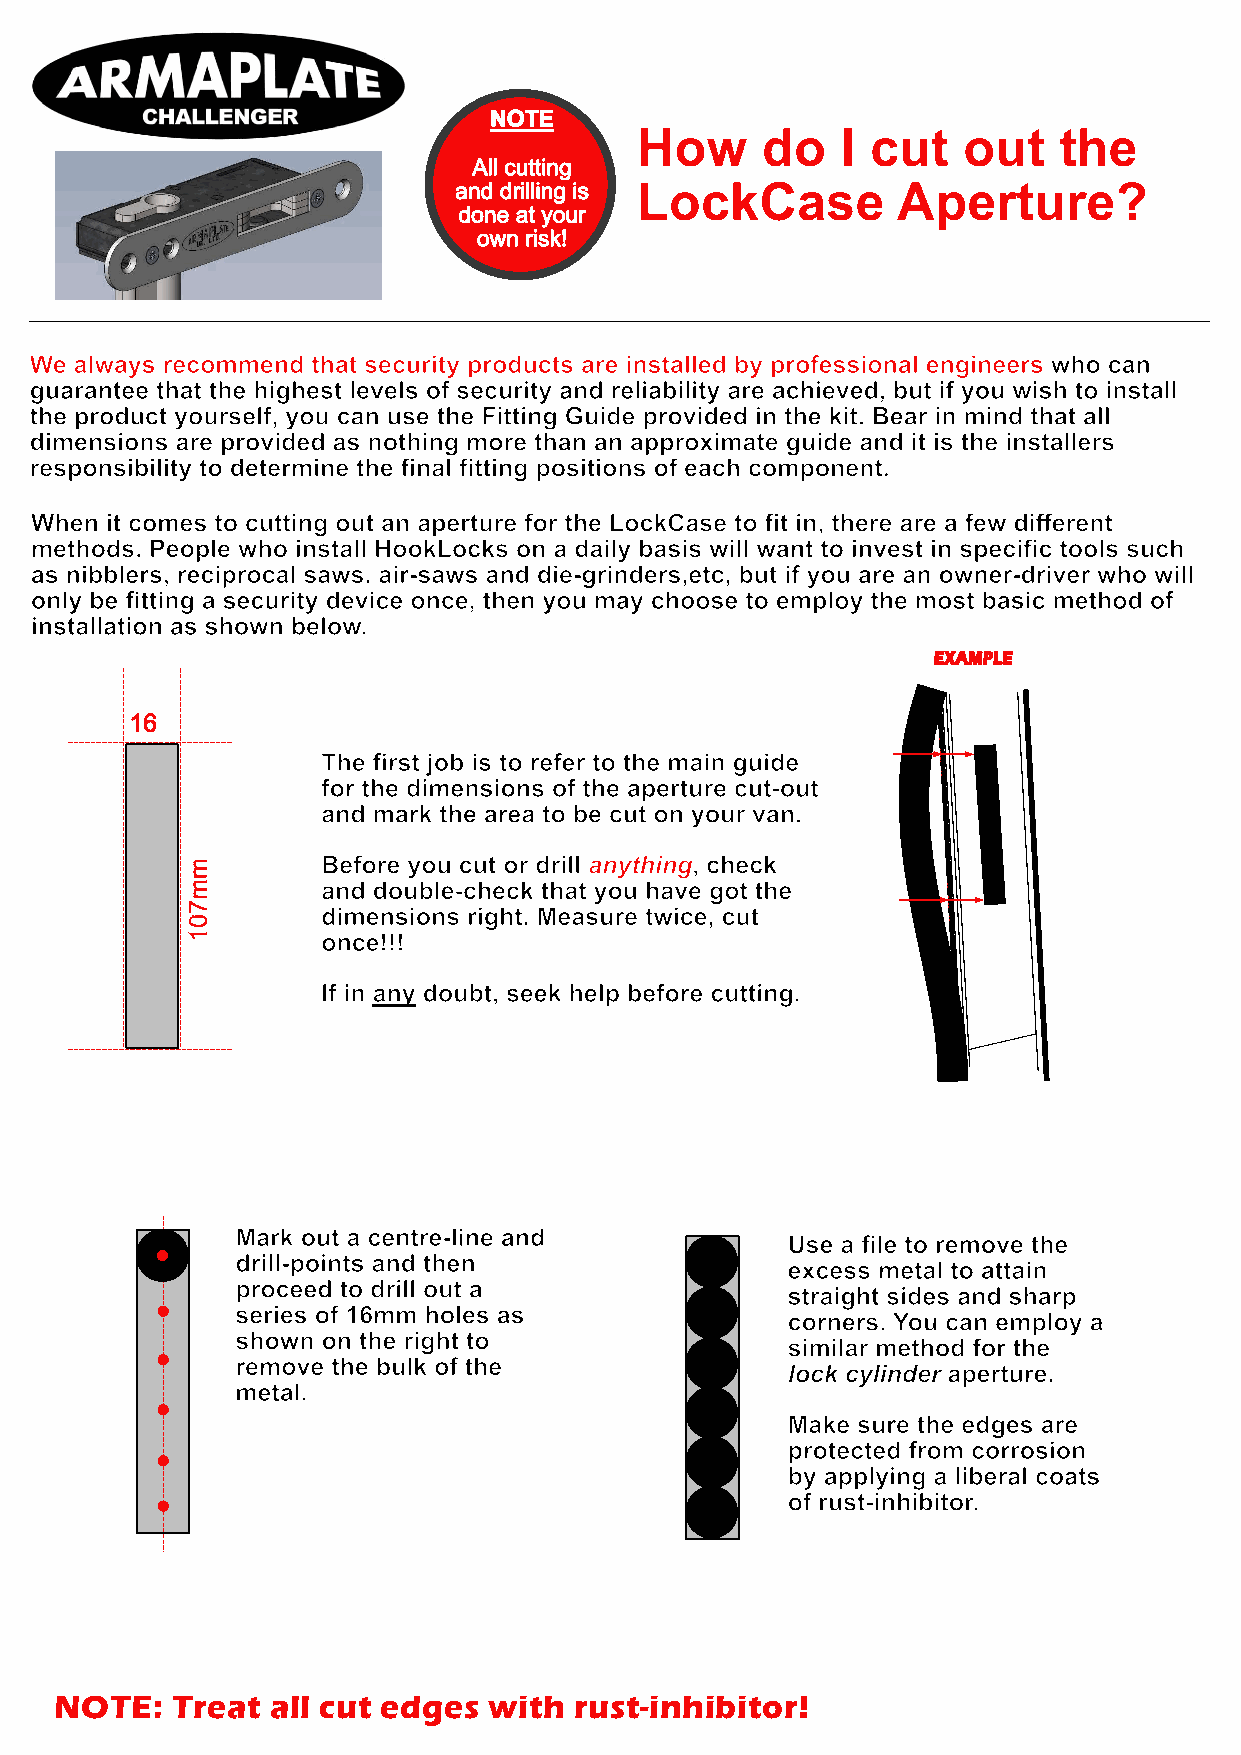
How     do    I cut   out   the
 LockCase         Aperture?
 NOTE:  Treat  all cut edges with  rust-inhibitor!
 mm701